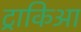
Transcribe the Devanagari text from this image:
ट्राकिआ